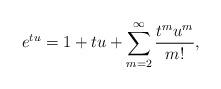
LaTeX: \begin{align*}e^{tu}=1+tu+\sum\limits_{m=2}^{\infty}\frac{t^mu^m} {m!},\end{align*}